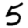
Digit: 5